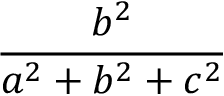
\frac { b ^ { 2 } } { a ^ { 2 } + b ^ { 2 } + c ^ { 2 } }